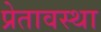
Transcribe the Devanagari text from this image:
प्रेतावस्था